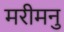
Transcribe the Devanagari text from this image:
मरीमनु